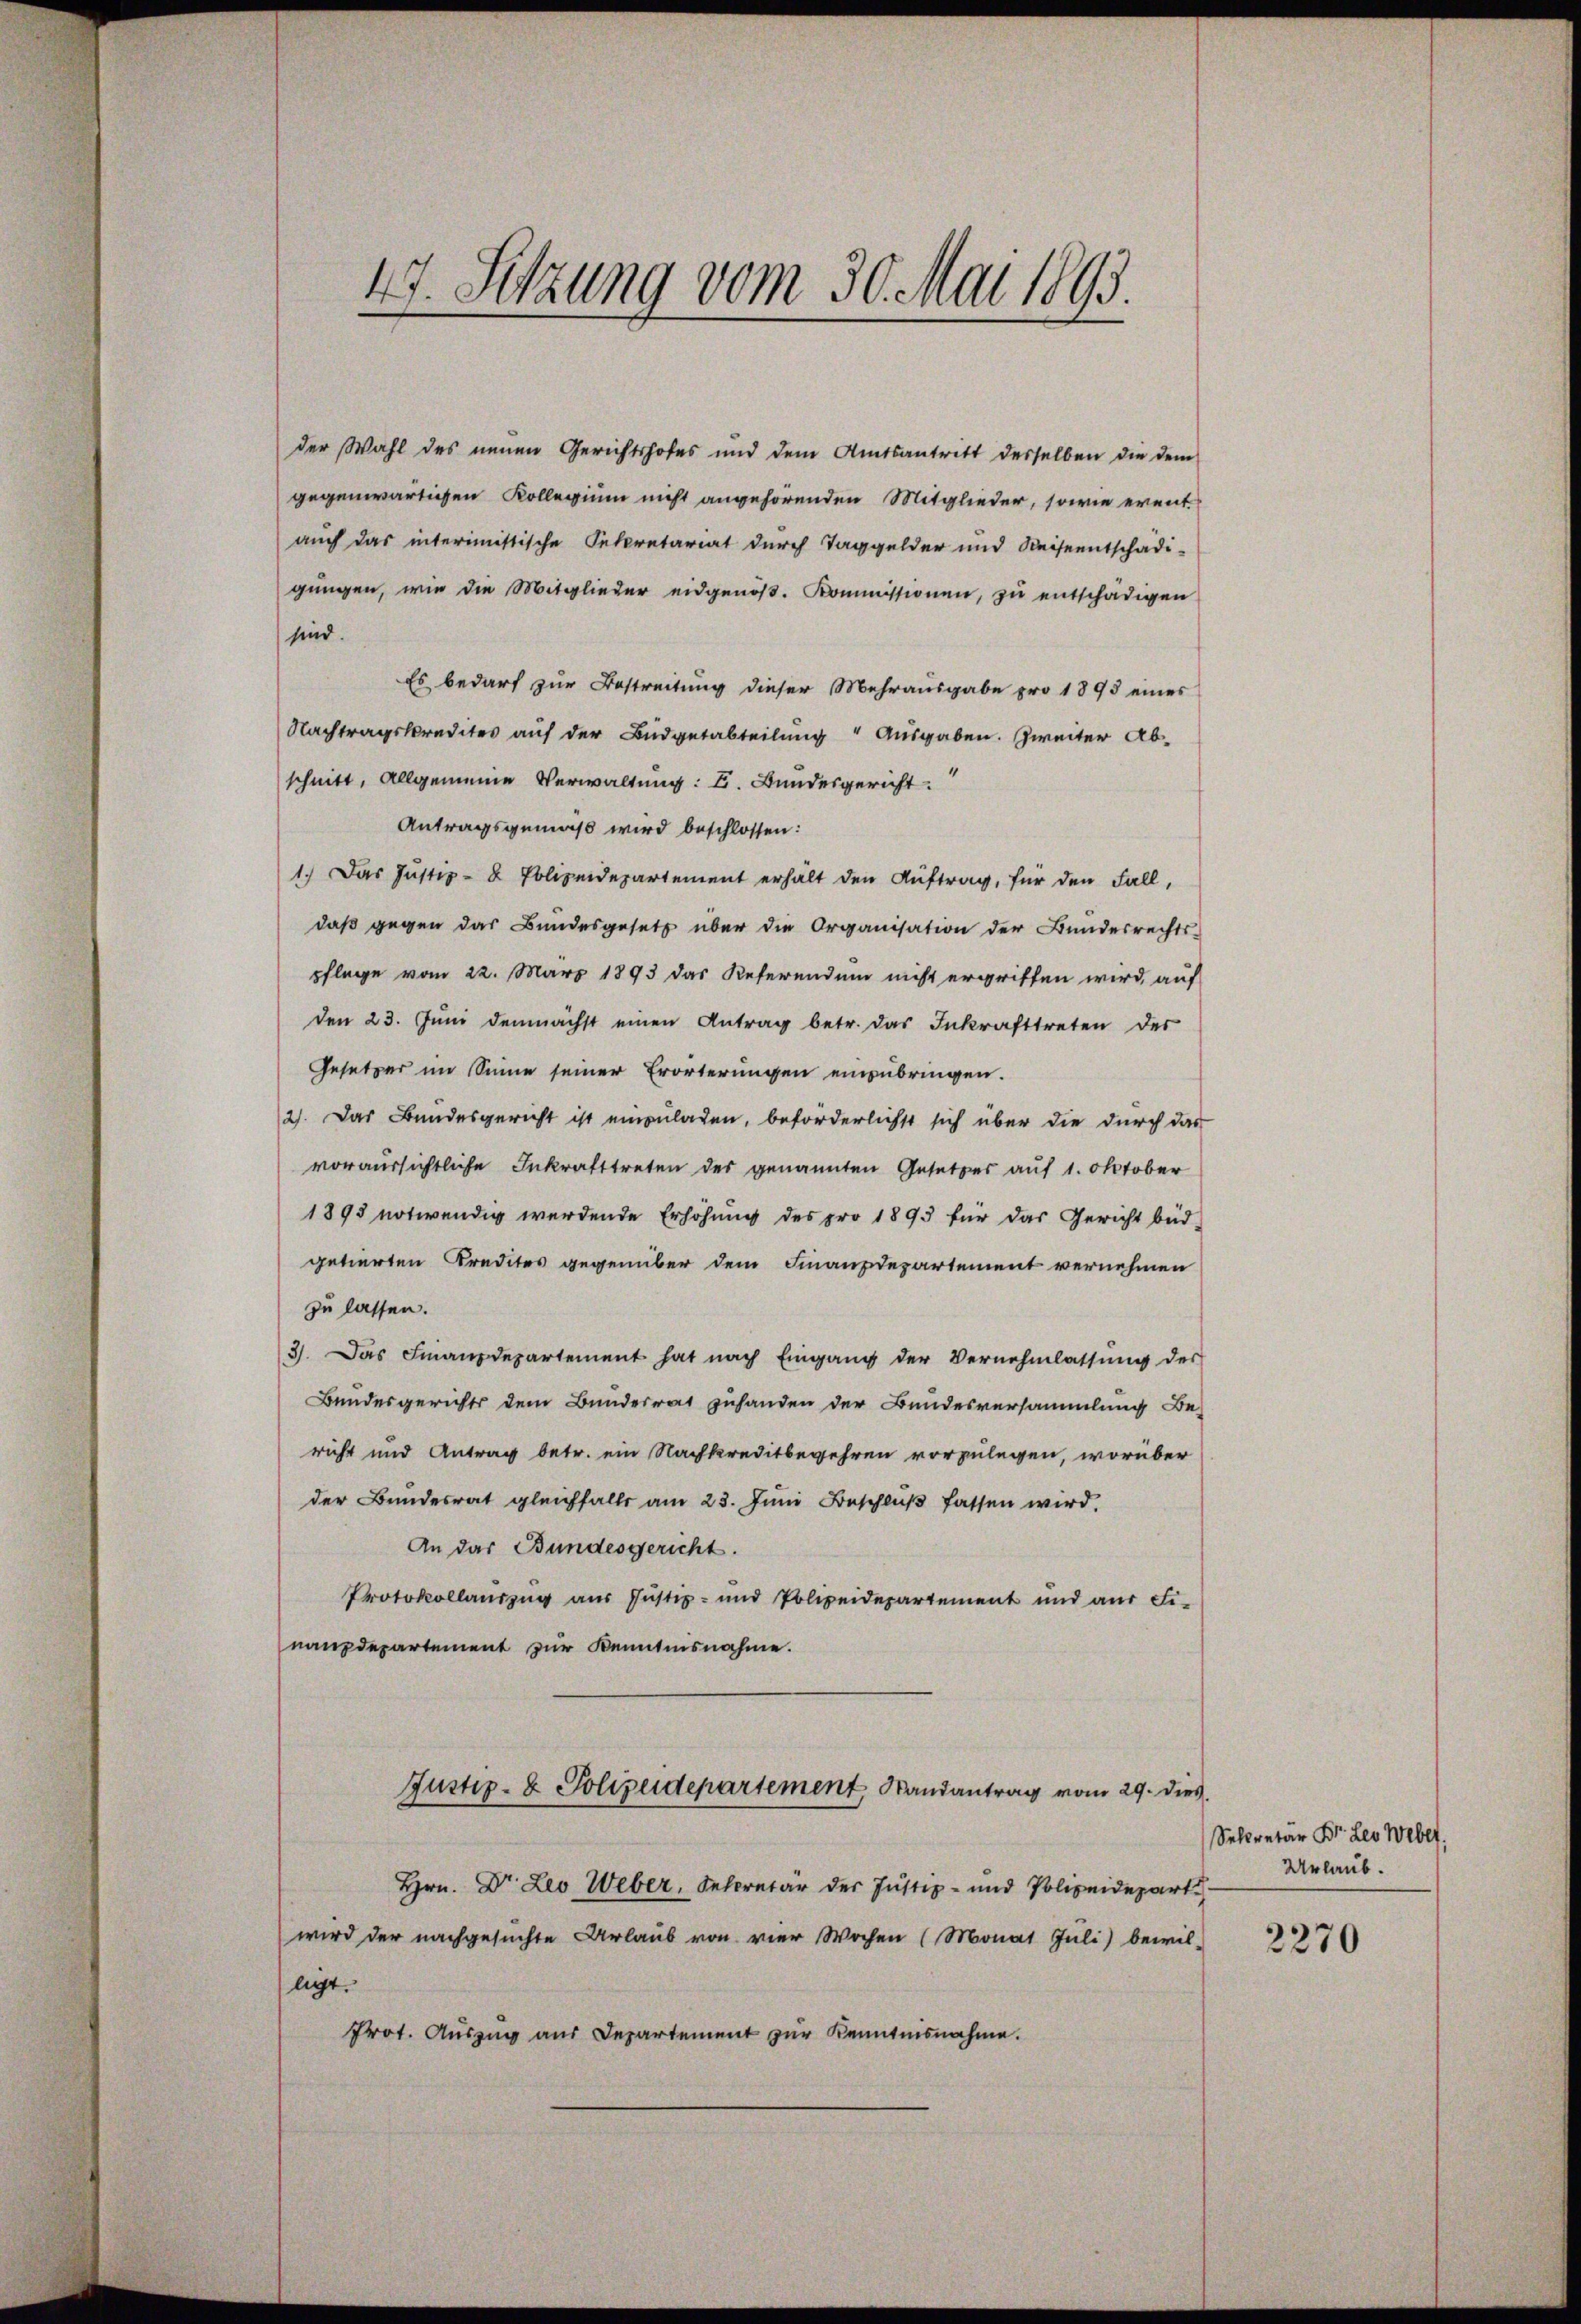
47. Sitzung vom 30. Mai 1893.

der Wahl des neuen Gerichtshofes und dem Amtsantritt desselben die dem
gegenwärtigen Kollegium nicht angehörenden Mitglieder, sowie event
auch das interimistische Sekretariat durch Taggelder und Reiseentschädi-
gungen, wie die Mitglieder eidgenöβ. Kommissionen, zu entschädigen
sind.
Es bedarf zur Bestreitung dieser Mehrausgabe pro 1895 eines
Nachtragskredites auf der Budgetabteilung Ausgaben. Zweiter Abschnitt, allgemeine Verwaltung: L. Bundesgericht
Antragsgemäß wird beschlossen:
1.) Das Justiz- & Polizeidepartement erhält den Auftrag, für den Fall,
daß gegen das Bundesgesetz über die Organisation der Bundesrechts-
pflege vom 22. März 1893 das Referendum nicht ergriffen wird, auf
den 23. Jŭni demnächst einen Antrag betr. das Inkrafttreten des
Gesetzer im Sinne seiner Erörterungen einzubringen.
2). Das Bundesgericht ist einzuladen, beförderlichst sich über die durch das
voraussichtliche Inkrafttreten des genannten Gesetzes auf 1. Oktober
1895 notwendig werdende Erhöhung des pro 1893 für das Gericht büd-
getierten Predites gegenüber dem Finanzdepartement vernehmen
zu lassen.
3). Das Finanzdepartement hat nach Eingang der Vernehmlassŭng der
Bundesgerichts dem Bundesrat zuhanden der Bundesversammlung Be-
richt und Antrag betr. ein Nachkreditbegehren vorzulegen, worüber
der Bundesrat gleichfalls am 23. Jŭni Beschlŭβ fassen wird.
An das Bundesgericht.
Protokollauszug aus Justiz- und Polizeidepartement und aŭs Fi-
nanzdepartement zur Kenntnisnahme.
Justiz- & Polizeidepartement Randantrag vom 29. dies
Hrn. Dr. Leo Weber, Secretär der Justiz- und Polizeidepart
wird der nachgesuchte Urlaŭb von vier Wochen (Monat Juli) bewil-
ligt.
Prot. Aŭszŭg aŭs Departement zŭr Kenntnisnahme.

Selcretär Dr. Leo Weber.
Urlaub.

2270